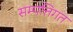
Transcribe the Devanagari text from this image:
सम्पत्तिगत